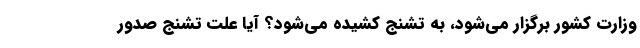
وزارت کشور برگزار می‌شود، به تشنج کشیده می‌شود؟ آیا علت تشنج صدور